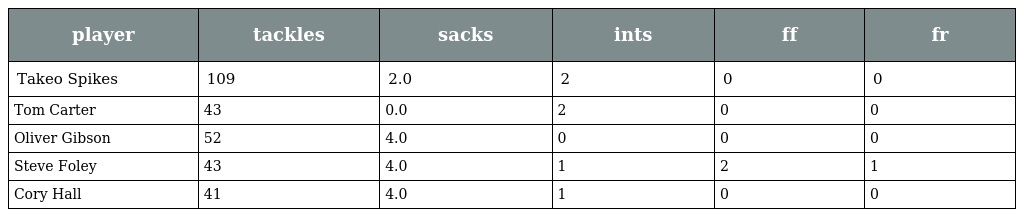
| player | tackles | sacks | ints | ff | fr |
 | --- | --- | --- | --- | --- | --- |
 | Takeo Spikes | 109 | 2.0 | 2 | 0 | 0 |
 | Tom Carter | 43 | 0.0 | 2 | 0 | 0 |
 | Oliver Gibson | 52 | 4.0 | 0 | 0 | 0 |
 | Steve Foley | 43 | 4.0 | 1 | 2 | 1 |
 | Cory Hall | 41 | 4.0 | 1 | 0 | 0 |